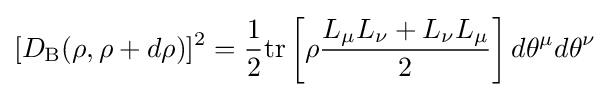
[D_{\text{B}}(\rho ,\rho +d\rho )]^{2}={\frac {1}{2}}{\mbox{tr}}\left[\rho {\frac {L_{\mu }L_{\nu }+L_{\nu }L_{\mu }}{2}}\right]d\theta ^{\mu }d\theta ^{\nu }